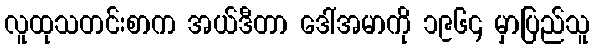
လူထုသတင်းစာက အယ်ဒီတာ ဒေါ်အမာကို ၁၉၆၄ မှာပြည်သူ